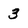
Character: 3